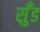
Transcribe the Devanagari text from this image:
सुँड